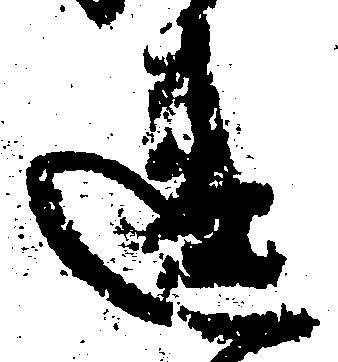
違